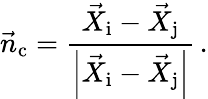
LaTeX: \vec{n}_{\mathrm{c}}=\frac{\vec{X}_{\mathrm{i}}-\vec{X}_{\mathrm{j}}}{\left|\vec{X}_{\mathrm{i}}-\vec{X}_{\mathrm{j}}\right|}\, .